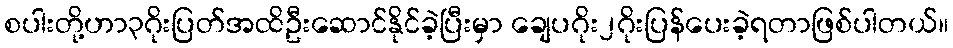
စပါးတို့ဟာ၃ဂိုးပြတ်အထိဦးဆောင်နိုင်ခဲ့ပြီးမှာ ချေပဂိုး၂ဂိုးပြန်ပေးခဲ့ရတာဖြစ်ပါတယ်။